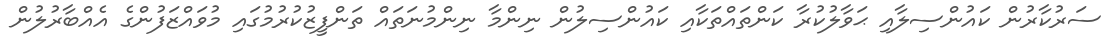
ސަރުކާރުން ކައުންސިލާއި ޙަވާލުކުރާ ކަންތައްތަކާއި ކައުންސިލުން ނިންމާ ނިންމުނަތައް ތަންފީޒުކުރުމުގައި މުވައްޒަފުންގެ އެއްބާރުލުން